Scientific memoirs by medical officers of the Army of India - Part I,
Year: 1884
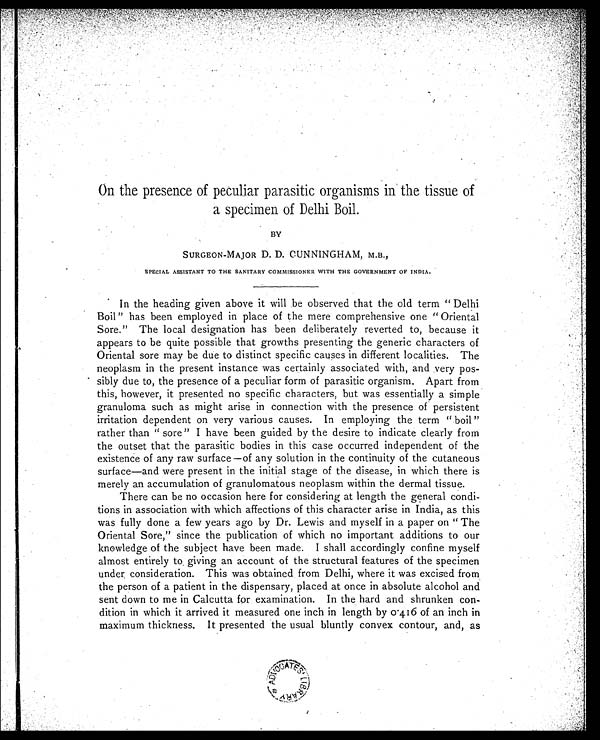
On the presence of peculiar parasitic organisms in the tissue of
a specimen of Delhi Boil.
BY
SURGEON-MAJOR D. D. CUNNINGHAM, M.B.,
SPECIAL ASSISTANT TO THE SANITARY COMMISSIONER WITH THE GOVERNMENT OF INDIA.
In the heading given above it will be observed that the old term "Delhi
Boil" has been employed in place of the mere comprehensive one "Oriental
Sore." The local designation has been deliberately reverted to, because it
appears to be quite possible that growths presenting the generic characters of
Oriental sore may be due to distinct specific causes in different localities. The
neoplasm in the present instance was certainly associated with, and very pos
-sibly due to, the presence of a peculiar form of parasitic organism. Apart from
this, however, it presented no specific characters, but was essentially a simple
granuloma such as might arise in connection with the presence of persistent
irritation dependent on very various causes. In employing the term "boil"
rather than "sore" I have been guided by the desire to indicate clearly from
the outset that the parasitic bodies in this case occurred independent of the
existence of any raw surface—of any solution in the continuity of the cutaneous
surface—and were present in the initial stage of the disease, in which there is
merely an accumulation of granulomatous neoplasm within the dermal tissue.
There can be no occasion here for considering at length the general condi
-tions in association with which affections of this character arise in India, as this
was fully done a few years ago by Dr. Lewis and myself in a paper on "The
Oriental Sore," since the publication of which no important additions to our
knowledge of the subject have been made. I shall accordingly confine myself
almost entirely to giving an account of the structural features of the specimen
under consideration. This was obtained from Delhi, where it was excised from
the person of a patient in the dispensary, placed at once in absolute alcohol and
sent down to me in Calcutta for examination. In the hard and shrunken con
-dition in which it arrived it measured one inch in length by 0.416 of an inch in
maximum thickness. It presented the usual bluntly convex contour, and, as